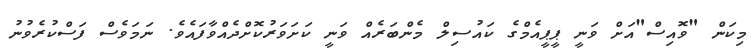
މިކަން "ވޮއިސް"އަށް ވަނީ ޕީޕީއެމްގެ ކައުސިލް މެންބަރެއް ވަނީ ކަށަވަރުކޮށްދެއްވާފައެވެ. ނަމަވެސް ފަސްކުރެވުނު